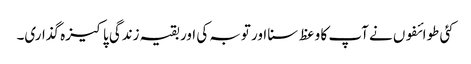
کئی طوائفوں نے آپ کا وعظ سنا اور توبہ کی اور بقیہ زندگی پاکیزہ گذاری۔